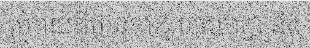
ក្រោយពីមានការជួបចរចាគ្នា និង